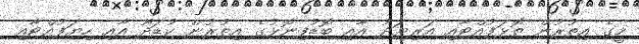
މީގެ އިތުރުން ތޮޅަފުއްޓާއި އަރިޔަދު އާއި ބޮޑުފިނޮޅުގެ އިތުރުން ކުޑަދޫ އާއި ހިޔަފުއްޓާއި